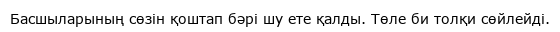
Басшыларының сөзін қоштап бәрі шу ете қалды. Төле би толқи сөйлейді.